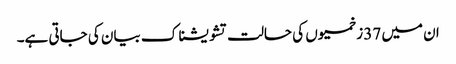
ان میں 37 زخمیوں کی حالت تشویشناک بیان کی جاتی ہے۔